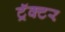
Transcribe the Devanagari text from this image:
ट्रॅक्‍टर